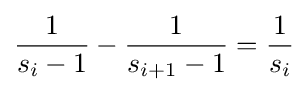
{\frac {1}{s_{i}-1}}-{\frac {1}{s_{i+1}-1}}={\frac {1}{s_{i}}}